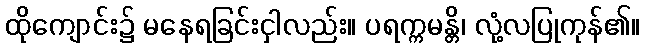
ထိုကျောင်း၌ မနေရခြင်းငှါလည်း။ ပရက္ကမန္တိ၊ လုံ့လပြုကုန်၏။